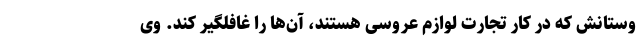
وستانش که در کار تجارت لوازم عروسی هستند، آن‌ها را غافلگیر کند. وی